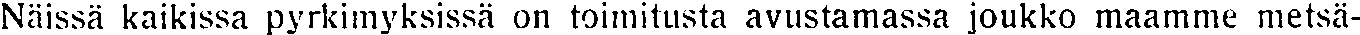
Näissä kaikissa pyrkimyksissä on toimitusta avustamassa joukko maamme metsä-